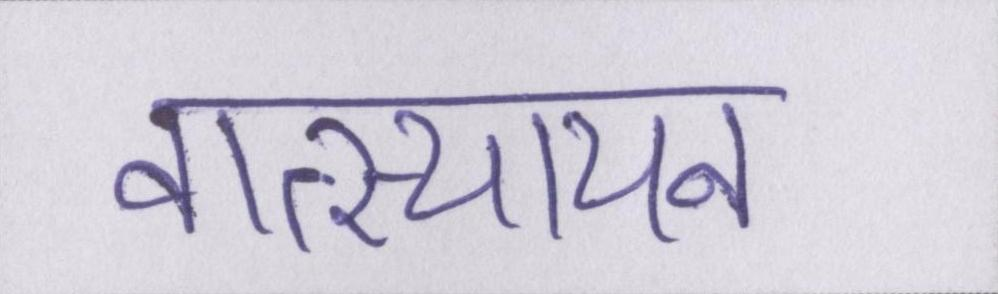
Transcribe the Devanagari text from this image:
वात्स्यायन